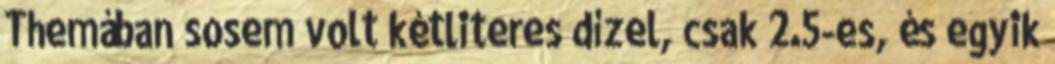
Themában sosem volt kétliteres dízel, csak 2.5-es, és egyik